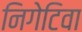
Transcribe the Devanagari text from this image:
निगेटिवा